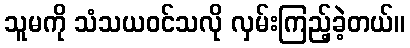
သူမကို သံသယဝင်သလို လှမ်းကြည့်ခဲ့တယ်။